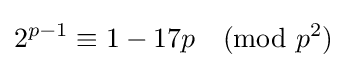
2^{p-1}\equiv 1-17p{\pmod {p^{2}}}